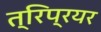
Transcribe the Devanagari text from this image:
त्रिप्रयर